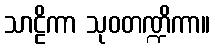
သာဠိကာ သုဝတဏ္ဍိကာ။